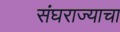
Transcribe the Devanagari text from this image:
संघराज्याचा